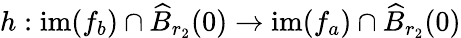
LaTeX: h:\mathrm{im}(f_{b})\cap\widehat{B}_{r_{2}}(0)\to\mathrm{im}(f_{a})\cap\widehat{B}_{r_{2}}(0)